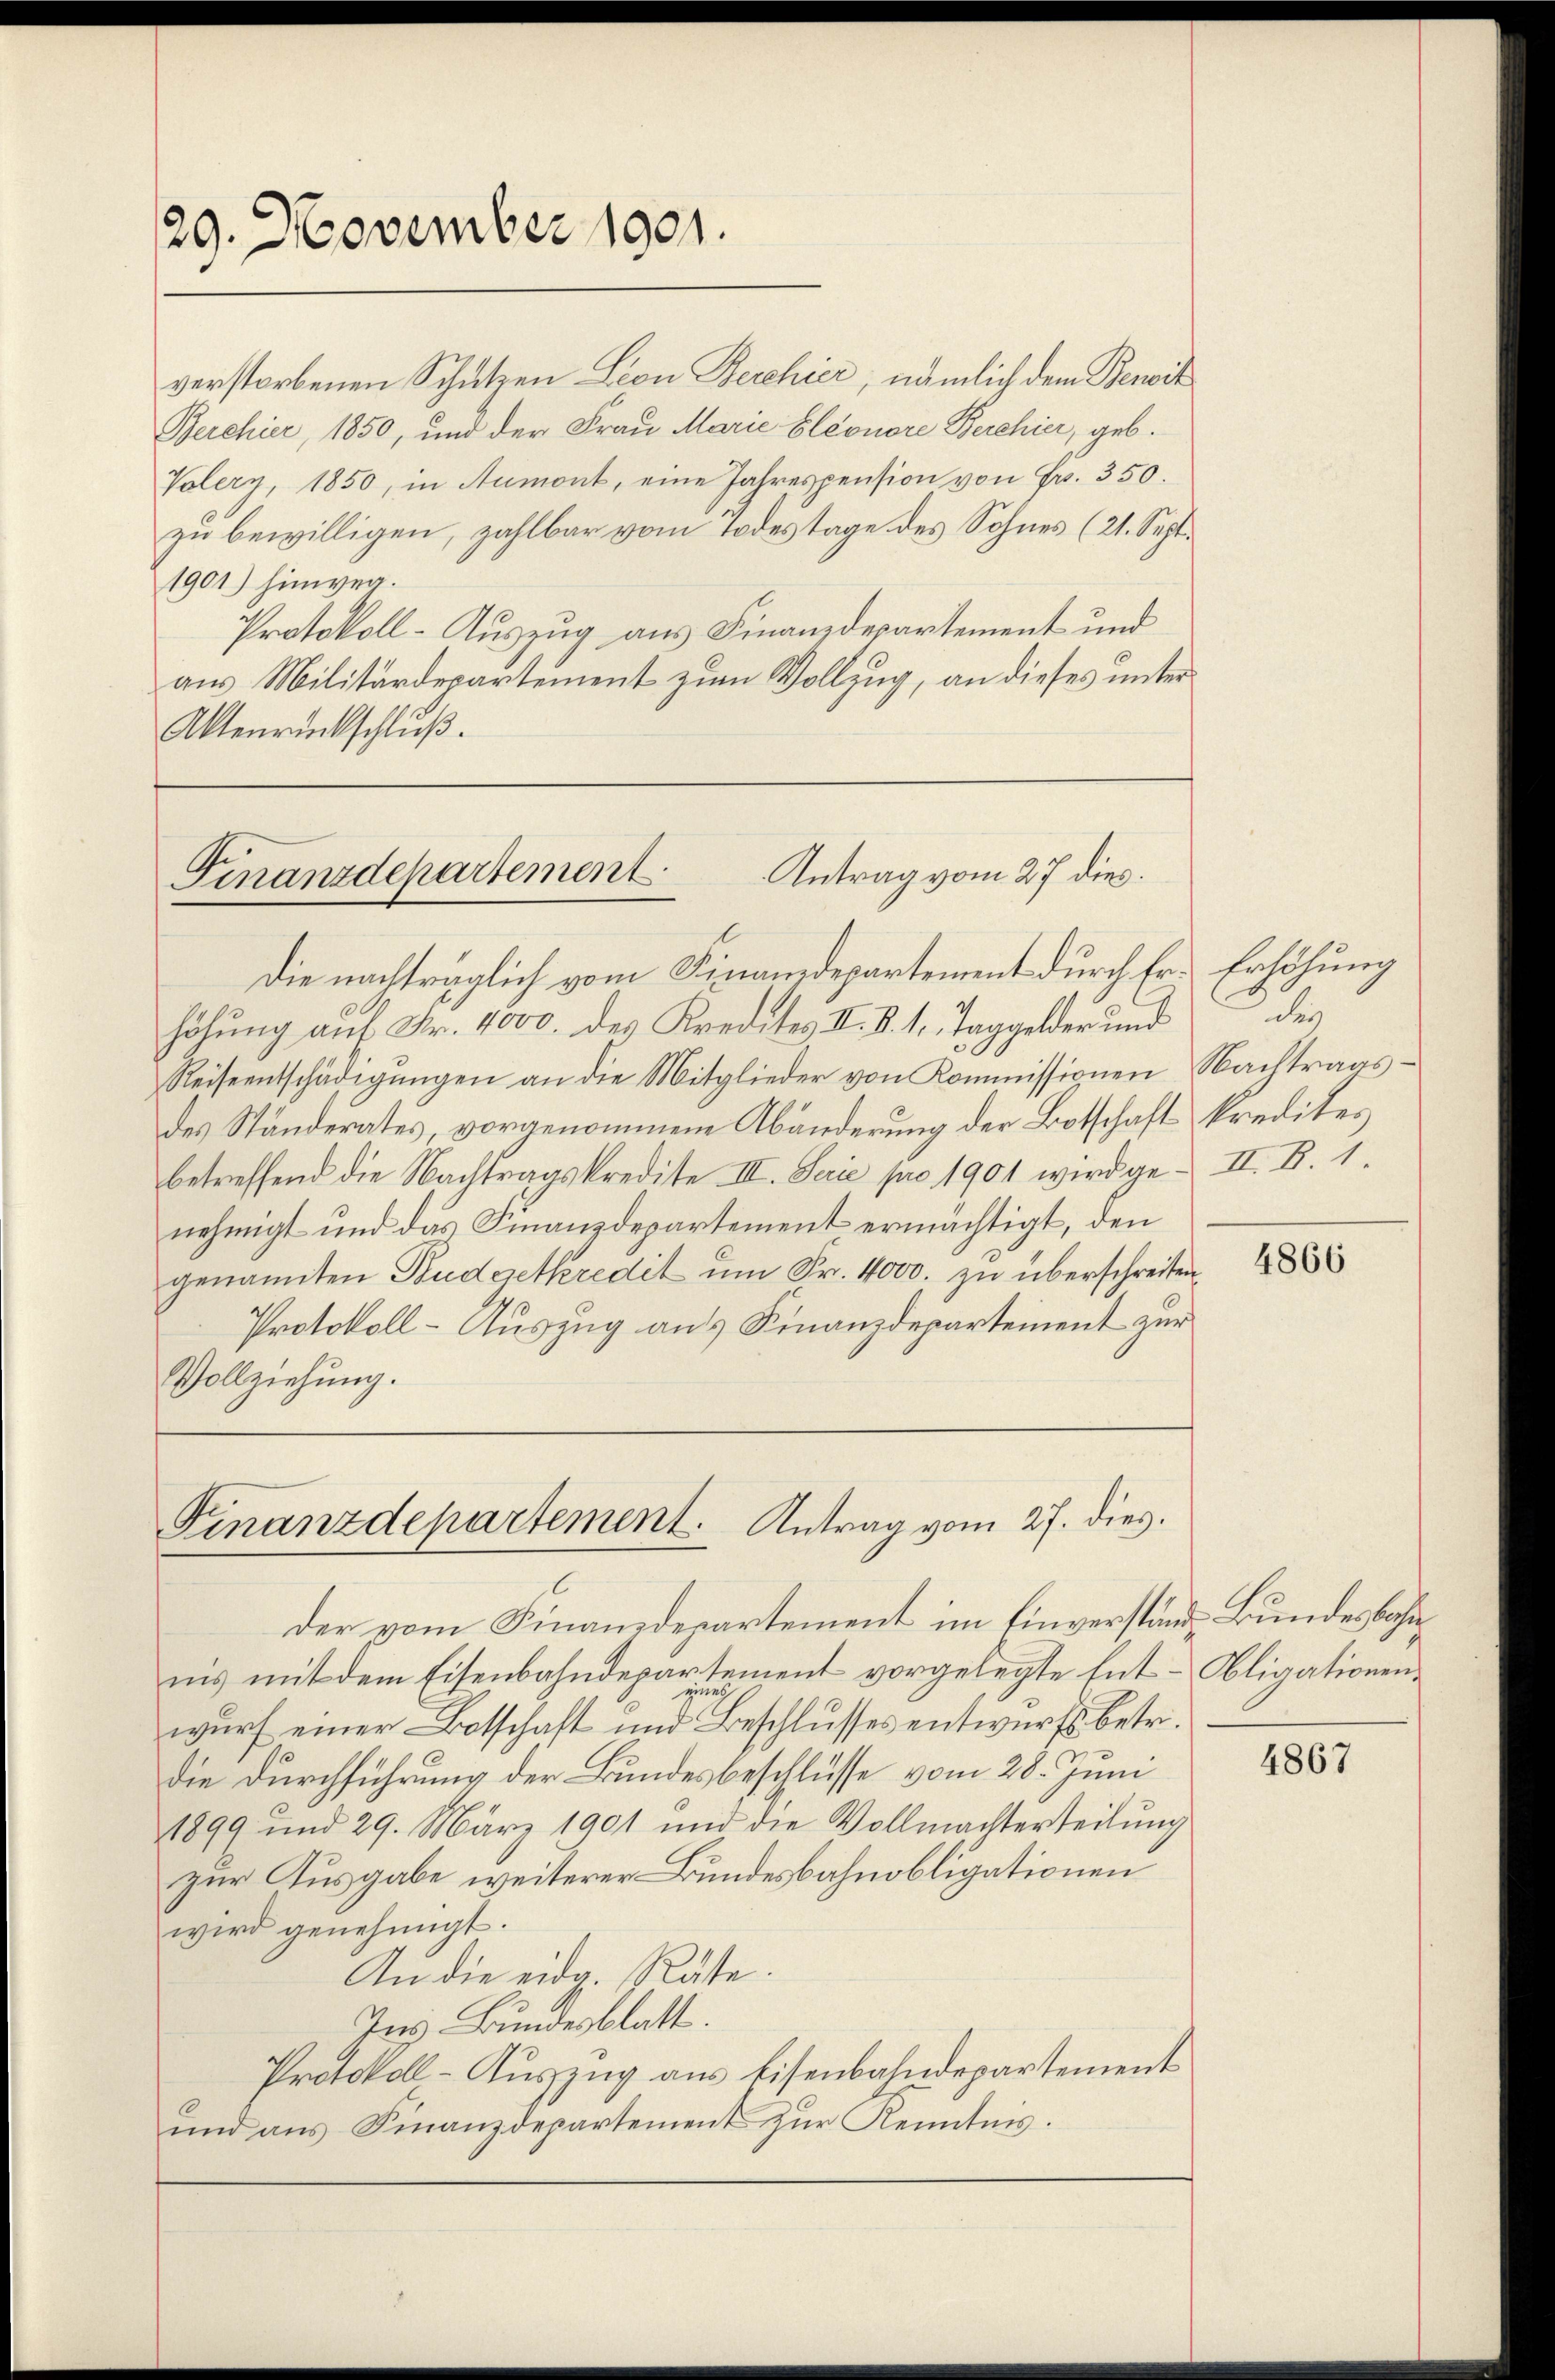
29. November 1901.

verstorbenen Schützen Leon Berchier, nämlich dem Bewil
Berchier, 1850, und der Frau Marie Eleonore Berchier, geb.
Volery, 1850, in Aumont, eine Jahrespension von Fr. 350.
zu bewilligen, zahlbar vom Todestage des Sohnes (21. Sept.
1901) hinweg.
Protokoll-Auszug aus Finanzdepartement und
aus Militärdepartement zum Vollzug, an dieses unter
Aktenrückschluß.

Antrag vom 27 dies.
Finanzdepartement.
Die nachträglich vom Finanzdepartement durch Er- Erhöhung

höhung auf Fr. 4000. des Kredites II. §. 1. Taggelder und des
Reiseentschädigŭngen an die Mitglieder von Kommissionen Nachtrags-
des Ständerates vorgenommene Abänderung der Botschaft kredites
betreffend die Nachtragskredite III. Serie pro 1901 wird ge- II. B. 1.
nehmigt und das Finanzdepartement ermächtigt, den
genannten Budgetkredit um Fr. 4000. zu überschreiten,
Protokoll-Auszug aus Finanzdepartement zur
Vollziehung.

Finanzdepartement. Antrag vom 27. dies.

der vom Finanzdepartement im Einverstand, Bundesbahnins mit dem Eisenbahndepartement vorgelegte Ent-Obligationenzich
wurf einer Botschaft und Beschlusses entwurfs betr.
die Durchführung der Bundesbeschlüsse vom 28. Juni
1899 und 29. März 1901 und die Vollmachterteilung
zur Ausgabe weiterer Bundesbahnobligationen
wird genehmigt.
An die eidg. Räte.
Ins Bundesblatt.
Protokoll-Auszug aus Eisenbahndepartement
und aus Finanzdepartement zur Kenntnis.

4866

4867